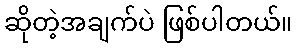
ဆိုတဲ့အချက်ပဲ ဖြစ်ပါတယ်။